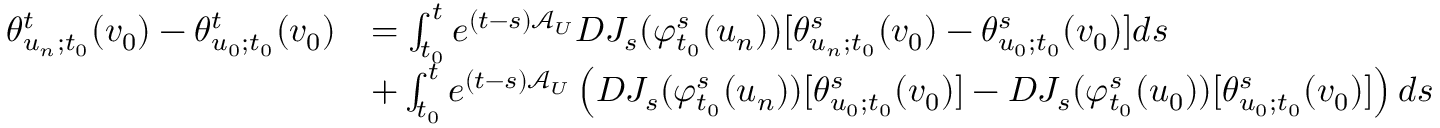
\begin{array} { r l } { \theta _ { u _ { n } ; t _ { 0 } } ^ { t } ( v _ { 0 } ) - \theta _ { u _ { 0 } ; t _ { 0 } } ^ { t } ( v _ { 0 } ) } & { = \int _ { t _ { 0 } } ^ { t } e ^ { ( t - s ) \mathcal { A } _ { U } } D J _ { s } ( \varphi _ { t _ { 0 } } ^ { s } ( u _ { n } ) ) [ \theta _ { u _ { n } ; t _ { 0 } } ^ { s } ( v _ { 0 } ) - \theta _ { u _ { 0 } ; t _ { 0 } } ^ { s } ( v _ { 0 } ) ] d s } \\ & { + \int _ { t _ { 0 } } ^ { t } e ^ { ( t - s ) \mathcal { A } _ { U } } \left( D J _ { s } ( \varphi _ { t _ { 0 } } ^ { s } ( u _ { n } ) ) [ \theta _ { u _ { 0 } ; t _ { 0 } } ^ { s } ( v _ { 0 } ) ] - D J _ { s } ( \varphi _ { t _ { 0 } } ^ { s } ( u _ { 0 } ) ) [ \theta _ { u _ { 0 } ; t _ { 0 } } ^ { s } ( v _ { 0 } ) ] \right) d s } \end{array}